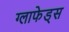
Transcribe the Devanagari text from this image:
ग्लाफेड्स